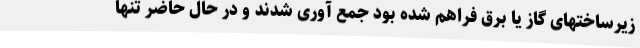
زیرساختهای گاز یا برق فراهم شده بود جمع آوری شدند و در حال حاضر تنها